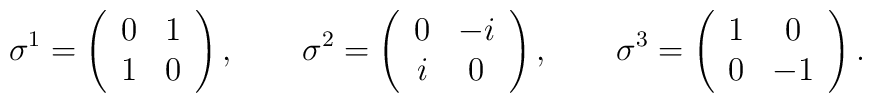
\sigma ^{1}=\left( \begin{array}{cc}0 & 1 \\ 1 & 0\end{array}\right) ,\qquad \sigma ^{2}=\left( \begin{array}{cc}0 & -i \\ i & 0\end{array}\right) ,\qquad \sigma ^{3}=\left( \begin{array}{cc}1 & 0 \\ 0 & -1\end{array}\right) .